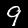
Label: 9